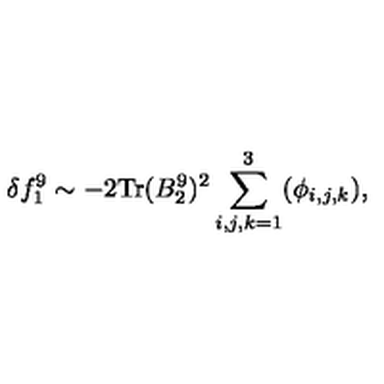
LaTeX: \delta f _ { 1 } ^ { 9 } \sim - 2 \mathrm { T r } ( B _ { 2 } ^ { 9 } ) ^ { 2 } \sum _ { i , j , k = 1 } ^ { 3 } ( \phi _ { i , j , k } ) ,